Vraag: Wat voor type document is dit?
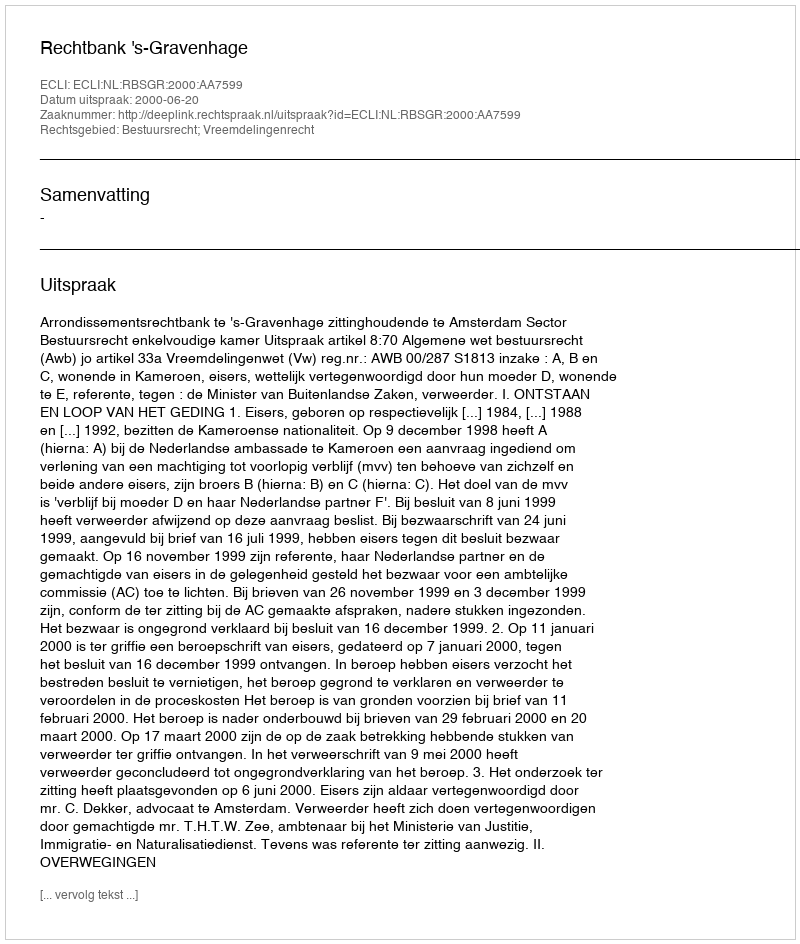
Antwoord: Uitspraak